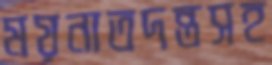
ময়নাতদন্তসহ